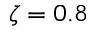
\zeta = 0 . 8